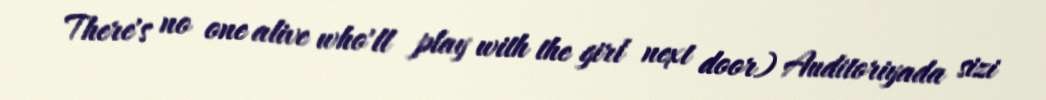
There's no one alive who'll play with the girl next door) Auditoriyada sizi